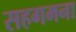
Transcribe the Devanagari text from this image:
सहगमना